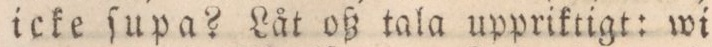
icke ſupa? Låt oß tala uppriktigt: wi